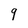
Character: 9